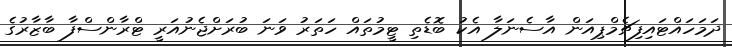
ދަމަހައްޓައިފިޗެމްޕިއަން އާސެނަލާ އެކު ބޮޑެތި ޓީމުތައް ހަތަރު ވަނަ ބުރަށްޖެނުއަރީ ޓްރާންސްފާ ބާޒާރުގެ